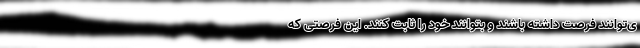
ی‌توانند فرصت داشته باشند و بتوانند خود را ثابت کنند. این فرصتی که